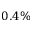
0 . 4 \%